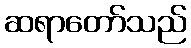
ဆရာတော်သည်